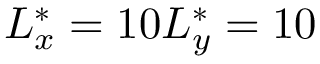
L _ { x } ^ { * } = 1 0 L _ { y } ^ { * } = 1 0